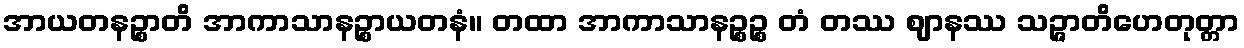
အာယတနဉ္စာတိ အာကာသာနဉ္စာယတနံ။ တထာ အာကာသာနဉ္စဉ္စ တံ တဿ ဈာနဿ သဉ္ဇာတိဟေတုတ္တာ